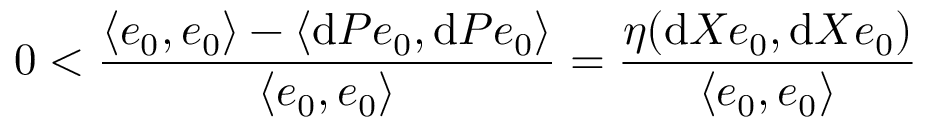
0 < \frac { \langle e _ { 0 } , e _ { 0 } \rangle - \langle \mathrm d P e _ { 0 } , \mathrm d P e _ { 0 } \rangle } { \langle e _ { 0 } , e _ { 0 } \rangle } = \frac { \eta ( \mathrm d X e _ { 0 } , \mathrm d X e _ { 0 } ) } { \langle e _ { 0 } , e _ { 0 } \rangle }